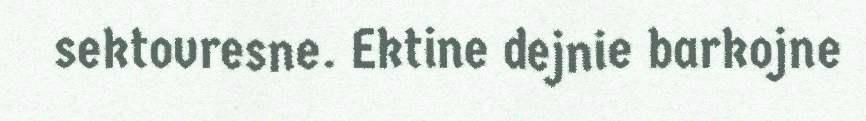
sektovresne. Ektine dejnie barkojne